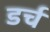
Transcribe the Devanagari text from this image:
डर्च